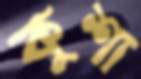
কুশা